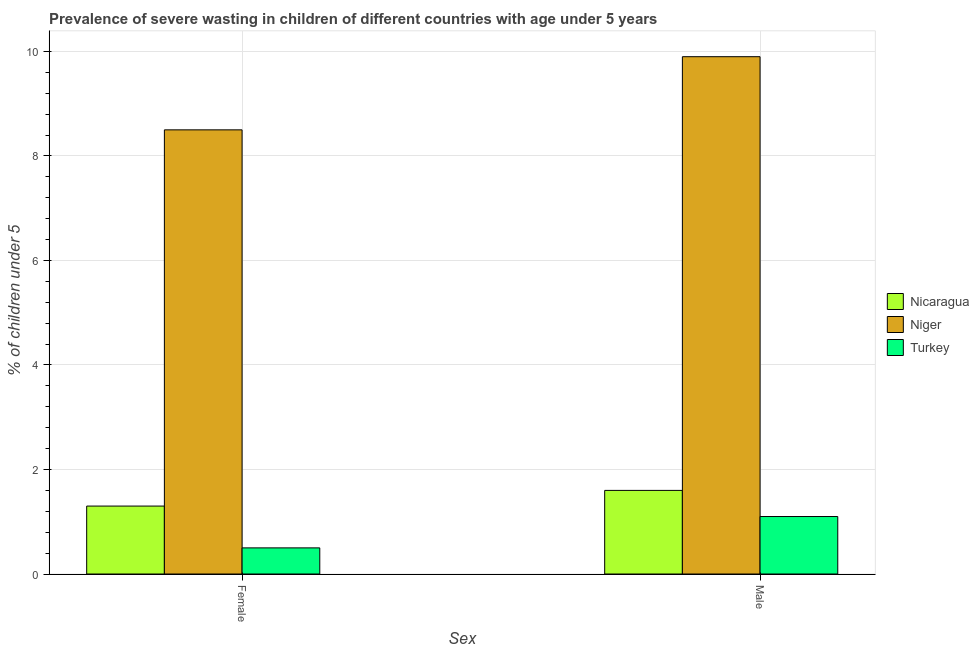
| Sex | Nicaragua | Niger | Turkey |
 | --- | --- | --- | --- |
 | Female | 1.3 | 8.5 | 0.5 |
 | Male | 1.6 | 9.9 | 1.1 |